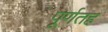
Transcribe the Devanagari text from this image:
पूर्णतह